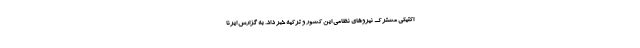
اکتیکی مشترک نیروهای نظامی این کشور و ترکیه خبر داد. به گزارش ایرنا